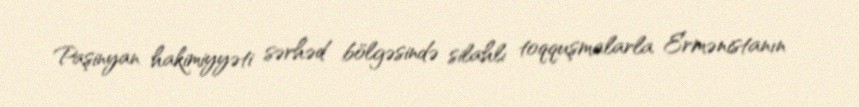
Paşinyan hakimiyyəti sərhəd bölgəsində silahlı toqquşmalarla Ermənistanın